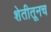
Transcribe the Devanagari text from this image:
शेतीतूनच